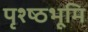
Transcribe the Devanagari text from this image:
पृश्ष्‍ठभूमि